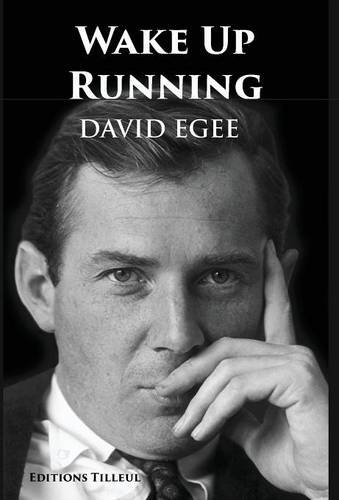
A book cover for Wake Up Running; David Egee; History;